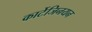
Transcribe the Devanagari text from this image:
कार्टेजिनयन